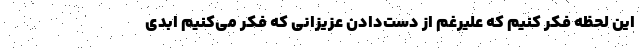
این لحظه فکر کنیم که علیرغم از دست‌دادن عزیزانی که فکر می‌کنیم ابدی